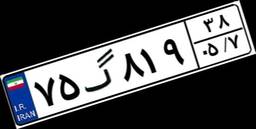
۷۵گ۸۱۹۳۸